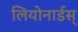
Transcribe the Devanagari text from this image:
लियोनार्डस्